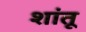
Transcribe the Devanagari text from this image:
शांतू